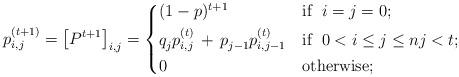
LaTeX: \begin{align*}p_{i,j}^{(t+1)} \overset{}{=} \left[ P^{t+1} \right]_{i,j}^{} = \begin{dcases} (1-p)^{t+1}& \mbox{if }\; i=j=0; \\q_{j}^{} p_{i,j}^{(t)} \,+\, p_{j-1}^{} p_{i,j-1}^{(t)} & \mbox{if }\; 0 < i \le j \le n j < t; \\ 0 & \mbox{otherwise}; \\ \end{dcases}\end{align*}